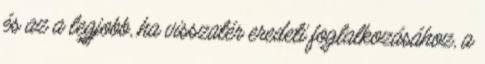
és az a legjobb, ha visszatér eredeti foglalkozásához, a